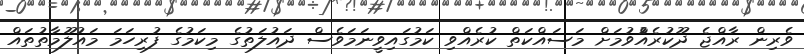
ވެރިން ރާއްޖެ ދޫކުރެއްުވުމަށް މަސައްކަތް ކުރެއްވި ކަމުގައިވީނަމަވެސް ދައުލަތުގެ މިކަމުގެ ފުރިހަމަ މައުލޫމާތުތައް